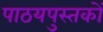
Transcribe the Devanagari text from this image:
पाठयपुस्तकों